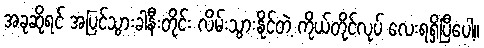
အခုဆိုရင် အပြင်သွားခါနီးတိုင်း လိမ်းသွားနိုင်တဲ့ ကိုယ်တိုင်လုပ် လေးရရှိပြီပေါ့။